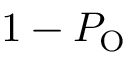
1 - P _ { \mathrm { { O } } }